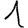
Digit: 1